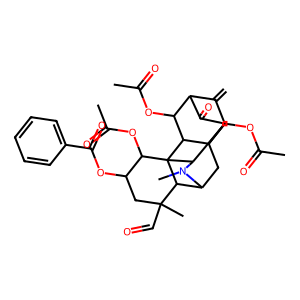
SMILES: C=C1C2C(=O)C3C4N(C)C5CC3(C1OC(C)=O)C(C2OC(C)=O)C41C(OC(C)=O)C(OC(=O)c2ccccc2)CC(C)(C=O)C51
Inhibits HIV replication: No